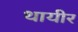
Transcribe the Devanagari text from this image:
थायीर